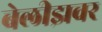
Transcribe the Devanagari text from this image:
बेलीझवर